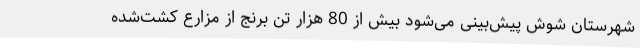
شهرستان شوش پیش‌بینی می‌شود بیش از 80 هزار تن برنج از مزارع کشت‌شده